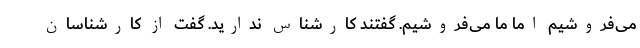
می‌فروشیم اما ما می‌فروشیم. گفتند کارشناس ندارید. گفت از کارشناسان